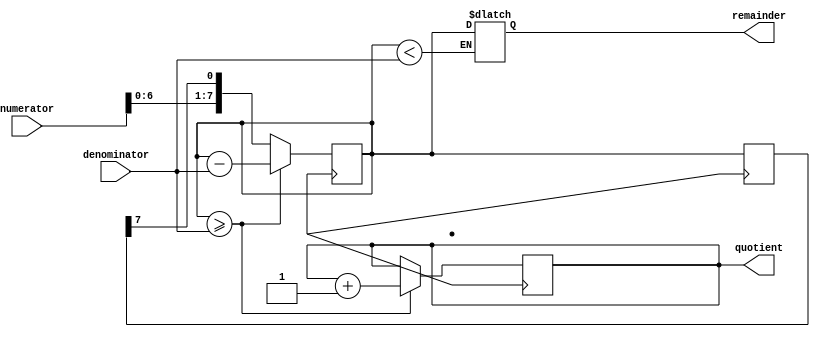
module shift_subtract_divider (
    input wire [7:0] numerator,
    input wire [7:0] denominator,
    output reg [7:0] quotient,
    output reg [7:0] remainder
);

reg [7:0] shift_reg;
reg [7:0] temp;

always @ (posedge clk) begin
    // Shift register operation
    temp <= {numerator[6:0], shift_reg[7]};
    shift_reg <= temp;
    
    // Subtract operation
    if (temp >= denominator) begin
        temp <= temp - denominator;
        quotient <= quotient + 1;
    end
end

always @* begin
    if (temp < denominator)
        remainder <= temp;
end

endmodule